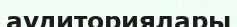
аудиториялары